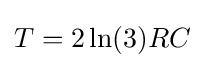
\,\!T=2\ln(3)RC